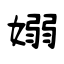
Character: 嫋